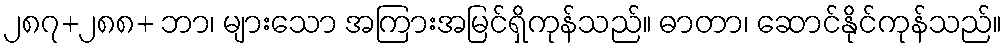
၂၈၇+၂၈၈+ ဘာ၊ များသော အကြားအမြင်ရှိကုန်သည်။ ဓာတာ၊ ဆောင်နိုင်ကုန်သည်။